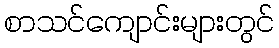
စာသင်ကျောင်းများတွင်